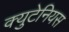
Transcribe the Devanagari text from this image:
क्युटेनियस